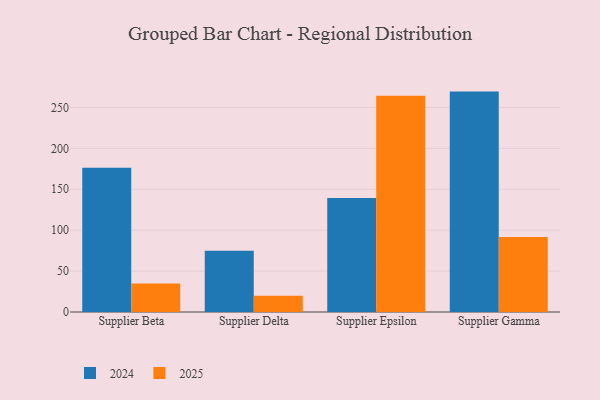
{"axis": {"x": "Supplier", "y": "Tickets Resolved"}, "legend": ["2024", "2025"], "data": [{"x": "Supplier Beta", "y": 176.2, "type": "2024"}, {"x": "Supplier Beta", "y": 34.7, "type": "2025"}, {"x": "Supplier Delta", "y": 75.0, "type": "2024"}, {"x": "Supplier Delta", "y": 19.8, "type": "2025"}, {"x": "Supplier Epsilon", "y": 139.2, "type": "2024"}, {"x": "Supplier Epsilon", "y": 264.4, "type": "2025"}, {"x": "Supplier Gamma", "y": 269.4, "type": "2024"}, {"x": "Supplier Gamma", "y": 91.6, "type": "2025"}]}